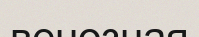
венозная